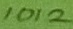
Text: 1012